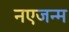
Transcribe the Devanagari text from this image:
नएजन्म